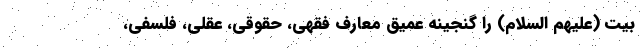
بیت (علیهم السلام) را گنجینه عمیق معارف فقهی، حقوقی، عقلی، فلسفی،